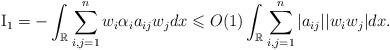
LaTeX: \begin{align*}{\rm{I}}_1 = - \int_\mathbb{R} \sum_{i,j=1}^n w_i\alpha_i a_{ij}w_j dx\leqslant O(1) \int_\mathbb{R} \sum_{i,j=1}^n |a_{ij}| | w_iw_j | dx.\end{align*}